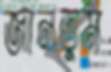
জানতুম